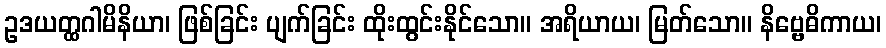
ဥဒယတ္ထဂါမိနိယာ၊ ဖြစ်ခြင်း ပျက်ခြင်း ထိုးထွင်းနိုင်သော။ အရိယာယ၊ မြတ်သော။ နိဗ္ဗေဓိကာယ၊